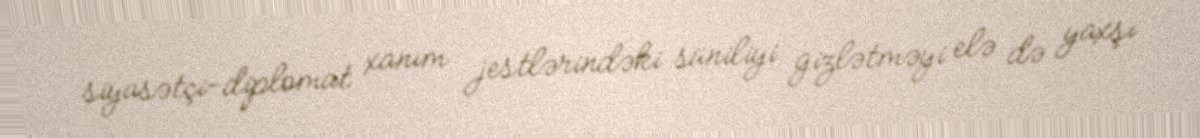
siyasətçi-diplomat xanım jestlərindəki süniliyi gizlətməyi elə də yaxşı